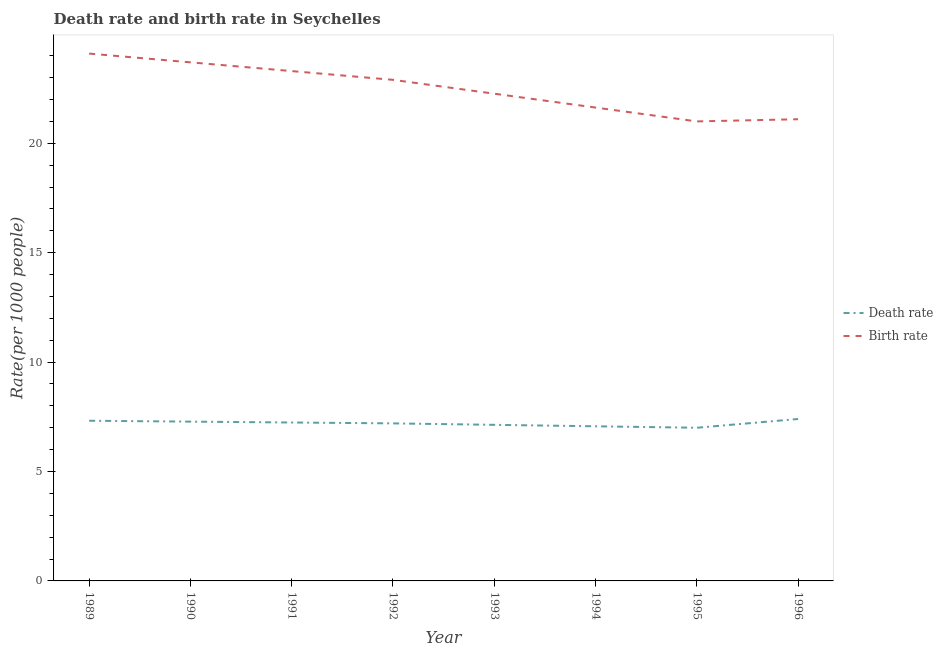
| Year | Death rate | Birth rate |
 | --- | --- | --- |
 | 1989 | 7.32 | 24.1 |
 | 1990 | 7.28 | 23.7 |
 | 1991 | 7.24 | 23.3 |
 | 1992 | 7.2 | 22.9 |
 | 1993 | 7.13 | 22.3 |
 | 1994 | 7.07 | 21.6 |
 | 1995 | 7 | 21 |
 | 1996 | 7.4 | 21.1 |